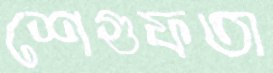
শেগুফতা